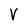
Character: V